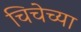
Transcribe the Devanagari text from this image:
चिचेच्या